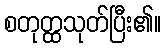
စတုတ္ထသုတ်ပြီး၏။